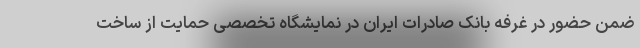
ضمن حضور در غرفه بانک صادرات ایران در نمایشگاه تخصصی حمایت از ساخت